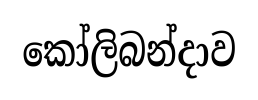
කෝලිබන්දාව